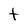
Character: t